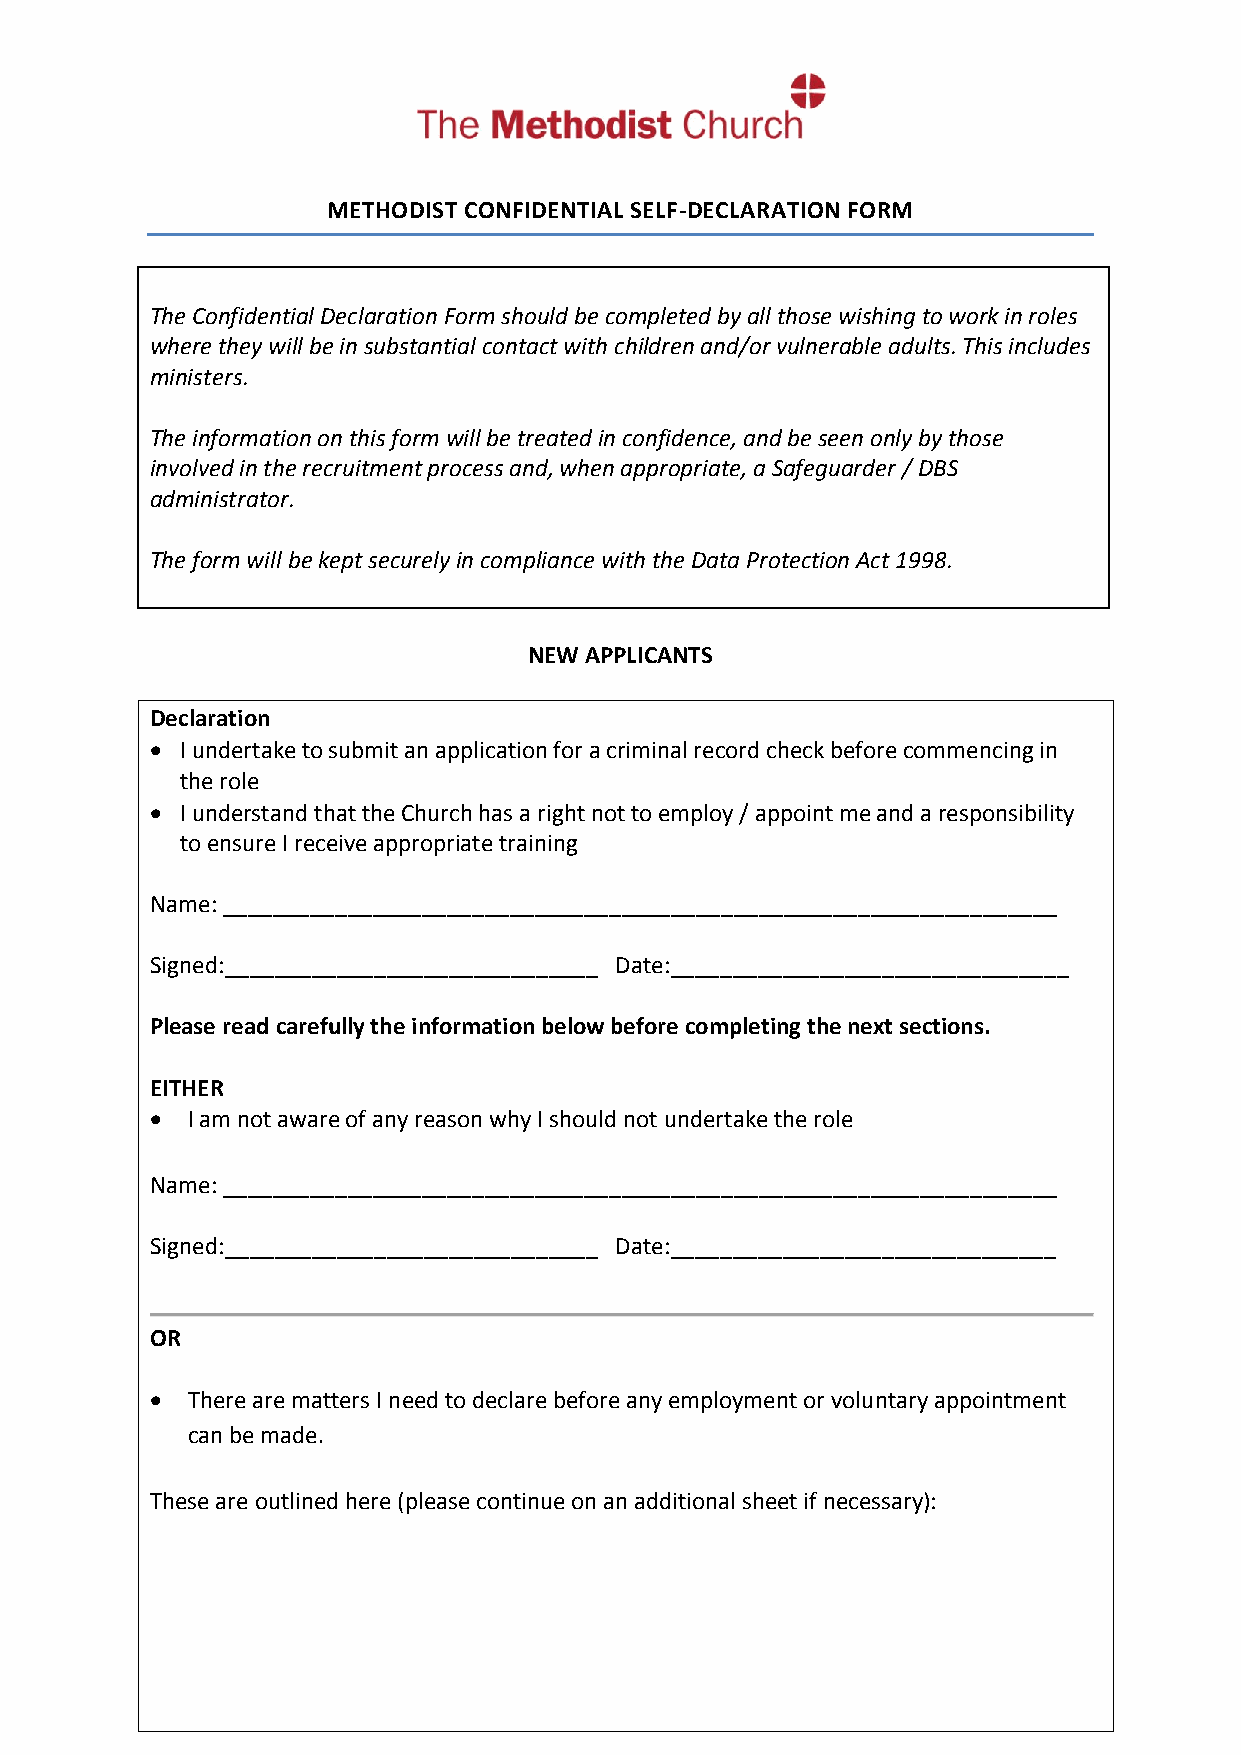
METHODIST CONFIDENTIAL SELF-DECLARATION FORM
 The Confidential Declaration Form should be completed by all those wishing to work in roles
 where they will be in substantial contact with children and/or vulnerable adults. This includes
 ministers.
 The information on this form will be treated in confidence, and be seen only by those
 involved in the recruitment process and, when appropriate, a Safeguarder / DBS
 administrator.
 The form will be kept securely in compliance with the Data Protection Act 1998.
 NEW APPLICANTS
 Declaration
  I undertake to submit an application for a criminal record check before commencing in
 the role
  I understand that the Church has a right not to employ / appoint me and a responsibility
 to ensure I receive appropriate training
 Name: ___________________________________________________________________
 Signed:______________________________ Date:________________________________
 Please read carefully the information below before completing the next sections.
 EITHER
  I am not aware of any reason why I should not undertake the role
 Name: ___________________________________________________________________
 Signed:______________________________ Date:_______________________________
 OR
  There are matters I need to declare before any employment or voluntary appointment
 can be made.
 These are outlined here (please continue on an additional sheet if necessary):